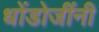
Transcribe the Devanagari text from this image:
धोंडोजींनी